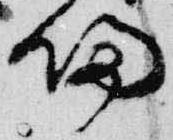
帰